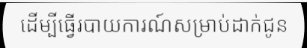
ដើម្បីធ្វើរបាយការណ៍សម្រាប់ដាក់ជូន